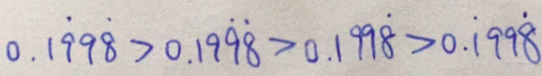
0 . 1 \dot { 9 } 9 \dot { 8 } > 0 . 1 9 \dot { 9 } \dot { 8 } > 0 . 1 9 9 \dot { 8 } > 0 . \dot { 1 } 9 9 \dot { 8 }